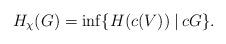
LaTeX: \begin{align*} H_{\chi}(G) = \inf \lbrace H(c(V)) \:|\: c G \rbrace.\end{align*}